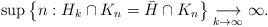
LaTeX: \begin{align*}\sup\left\{ n:H_{k}\cap K_{n}=\bar{H}\cap K_{n}\right\} \underset{k\to\infty}{\longrightarrow}\infty.\end{align*}